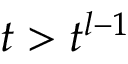
t > t ^ { l - 1 }